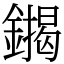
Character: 䥟